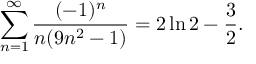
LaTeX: \sum _ { n = 1 } ^ { \infty } { \frac { ( - 1 ) ^ { n } } { n ( 9 n ^ { 2 } - 1 ) } } = 2 \ln 2 - { \frac { 3 } { 2 } } .